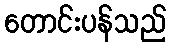
တောင်းပန်သည်